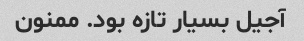
آجیل بسیار تازه بود. ممنون